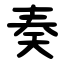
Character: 奏